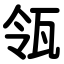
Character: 瓴